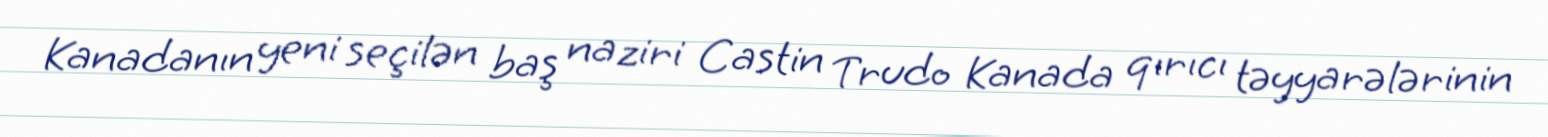
Kanadanın yeni seçilən baş naziri Castin Trudo Kanada qırıcı təyyarələrinin